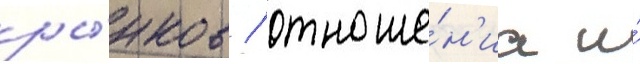
ры́нков / отноше́н'иа и́